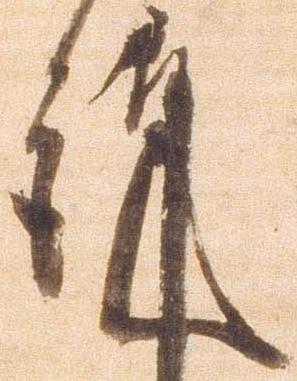
謹